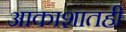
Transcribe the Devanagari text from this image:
आकाशातही